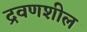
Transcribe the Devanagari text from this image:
द्रवणशील